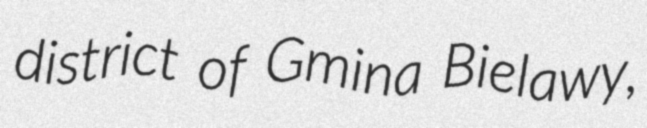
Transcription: district of Gmina Bielawy,